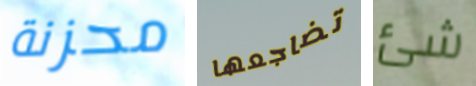
محزنة تضاجعها شئ